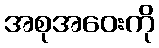
အစုအဝေးကို